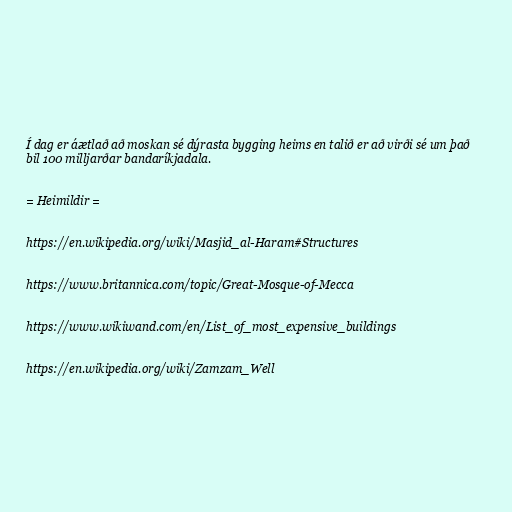
Í dag er áætlað að moskan sé dýrasta bygging heims en talið er að virði sé um það
bil 100 milljarðar bandaríkjadala.

= Heimildir =

https://en.wikipedia.org/wiki/Masjid_al-Haram#Structures

https://www.britannica.com/topic/Great-Mosque-of-Mecca

https://www.wikiwand.com/en/List_of_most_expensive_buildings

https://en.wikipedia.org/wiki/Zamzam_Well